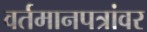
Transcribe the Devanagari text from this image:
वर्तमानपत्रांवर